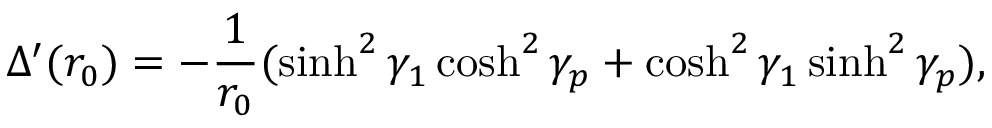
\Delta ^ { \prime } ( r _ { 0 } ) = - { \frac { 1 } { r _ { 0 } } } ( \sinh ^ { 2 } \gamma _ { 1 } \cosh ^ { 2 } \gamma _ { p } + \cosh ^ { 2 } \gamma _ { 1 } \sinh ^ { 2 } \gamma _ { p } ) ,